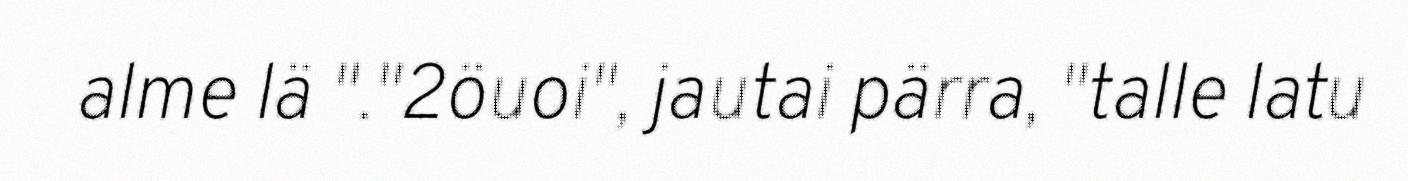
alme lä "."2öuoi", jautai pärra, "talle latu